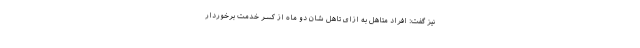
نیز گفت: افراد متاهل به ازای تاهل شان دو ماه از کسر خدمت برخوردار